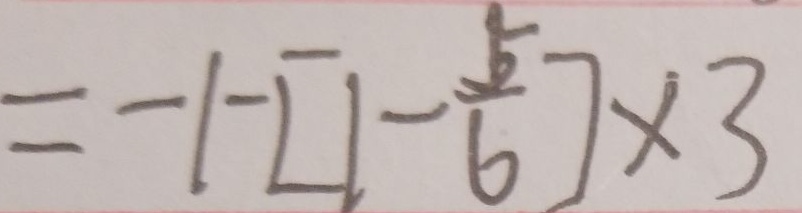
= - 1 - [ 1 - \frac { 5 } { 6 } ] \times 3